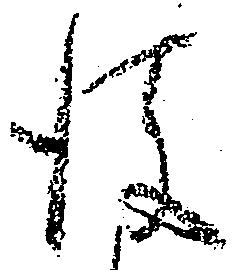
後